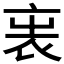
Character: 𧘫